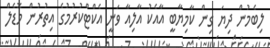
ލިބެމުން ދިޔަ ގިން ކާމިޔާބީ އާއެކު އާލިއާ ވަނީ އެކްޓްކުރުމުގެ އިތުރުން މޮޑެލް